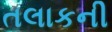
તલાકની